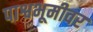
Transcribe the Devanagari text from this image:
पाश्वभूमीवर